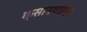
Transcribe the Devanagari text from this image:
क्सानथाइन्स